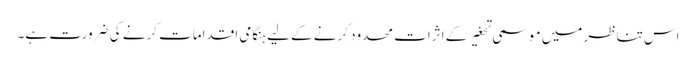
اس تناظر میں موسمی تحغیر کے اثرات محدود کرنے کے لیے ہنگامی اقدامات کرنے کی ضرورت ہے۔